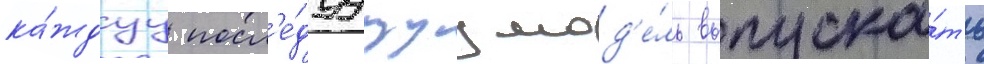
ка́ждуу посл'е́дуущуу мод'е́ль выпуска́ть